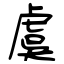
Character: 虞